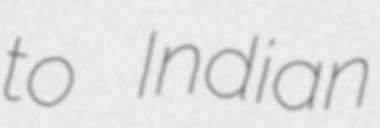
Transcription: to Indian